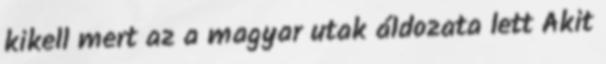
kikell mert az a magyar utak áldozata lett Akit